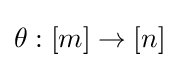
\theta :[m]\to [n]